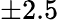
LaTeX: \pm 2.5